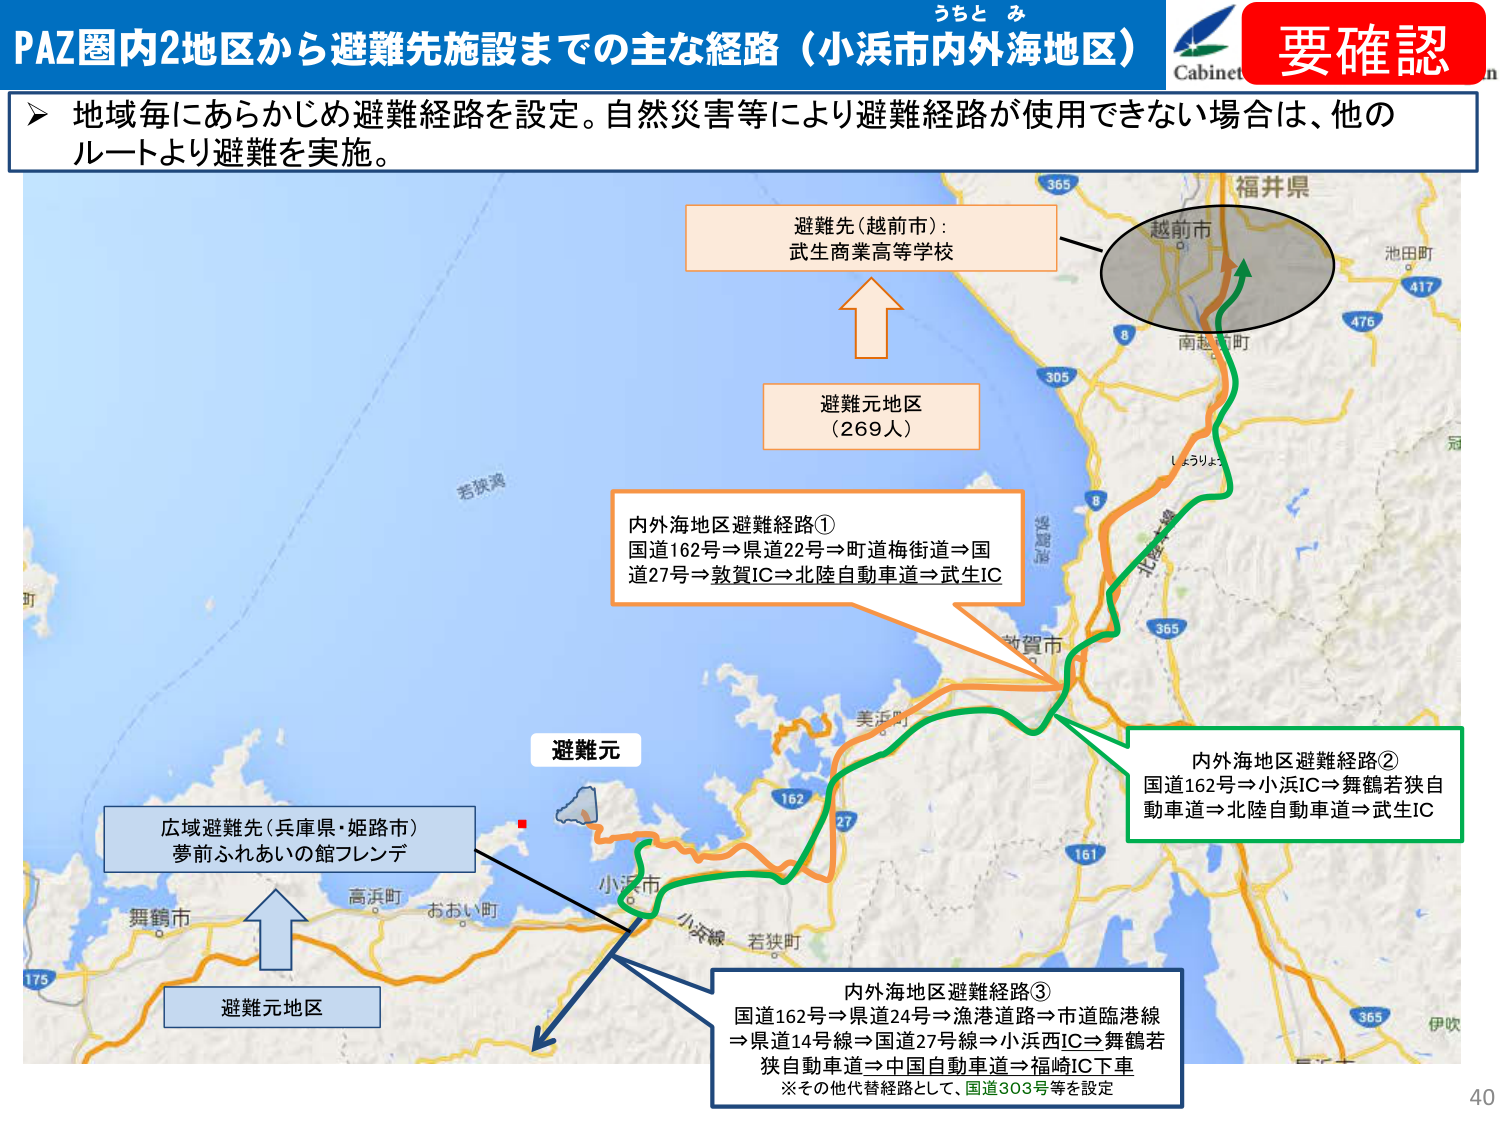
PAZ圏内2地区から避難先施設までの主な経路（小浜市内外海地区）
うと み
Cabinet
要確認

地域毎にあらかじめ避難経路を設定。自然災害等により避難経路が使用できない場合は、他のルートより避難を実施。

避難先（越前市）：
武生商業高等学校

避難元地区
（269人）

内外海地区避難経路①
国道162号⇒県道22号⇒町道梅街道⇒国道27号⇒敦賀IC⇒北陸自動車道⇒武生IC

避難元

広域避難先（兵庫県・姫路市）
夢前ふれあいの館フレンデ

内外海地区避難経路②
国道162号⇒小浜IC⇒舞鶴若狭自動車道⇒北陸自動車道⇒武生IC

避難元地区

内外海地区避難経路③
国道162号⇒県道24号⇒漁港道路⇒市道臨港線⇒県道14号線⇒国道27号線⇒小浜西IC⇒舞鶴若狭自動車道⇒中国自動車道⇒福崎IC下車
※その他代替経路として、国道303号等を設定

福井県
越前市
池田町
417
476
南越前町
305
8
しょりょう
北陸本線
敦賀市
美浜町
162
27
161
小浜市
小浜線
若狭町
高浜町
おおい町
舞鶴市
175
伊吹
365
若狭湾
365
40